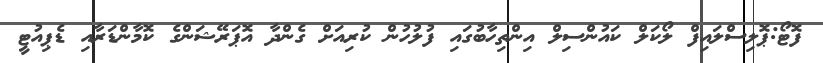
ފޮޓޯ:ޕޮލިސްލައިފް ލޯކަލް ކައުންސިލް އިންތިހާބުގައި ފުލުހުން ކުރިއަށް ގެންދާ އޮޕަރޭޝަންގެ ކޮމާންޑަރާއި ޑެޕިއުޓީ